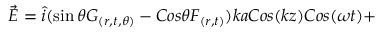
\vec { E } = \hat { i } ( \sin \theta G _ { ( r , t , \theta ) } - C o s \theta F _ { ( r , t ) } ) k a C o s ( k z ) C o s ( \omega t ) +